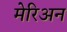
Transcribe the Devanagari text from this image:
मेरिअन